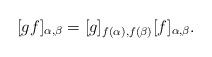
\begin{align*}[gf]_{\alpha,\beta} = [g]_{f(\alpha),f(\beta)}[f]_{\alpha,\beta}.\end{align*}